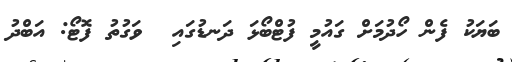
ބަޔަކު ފެން ހޯދުމަށް ގައުމީ ފުޓްބޯޅަ ދަނޑުގައި  ވަގުތު ފޮޓޯ: އަބްދު